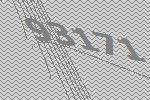
93171